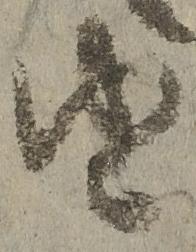
由